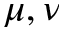
\mu , \nu